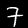
Label: 7